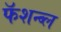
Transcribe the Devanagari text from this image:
फॅशन्ब्ल